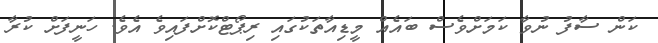
ކަން ސާފު ނުވާ ކަމަށްވެސް ބައެއް މީޑިއާތަކުގައި ރިޕޯޓްކޮށްފައިވެ އެވެ. ހަނީފަށް ކުރާ